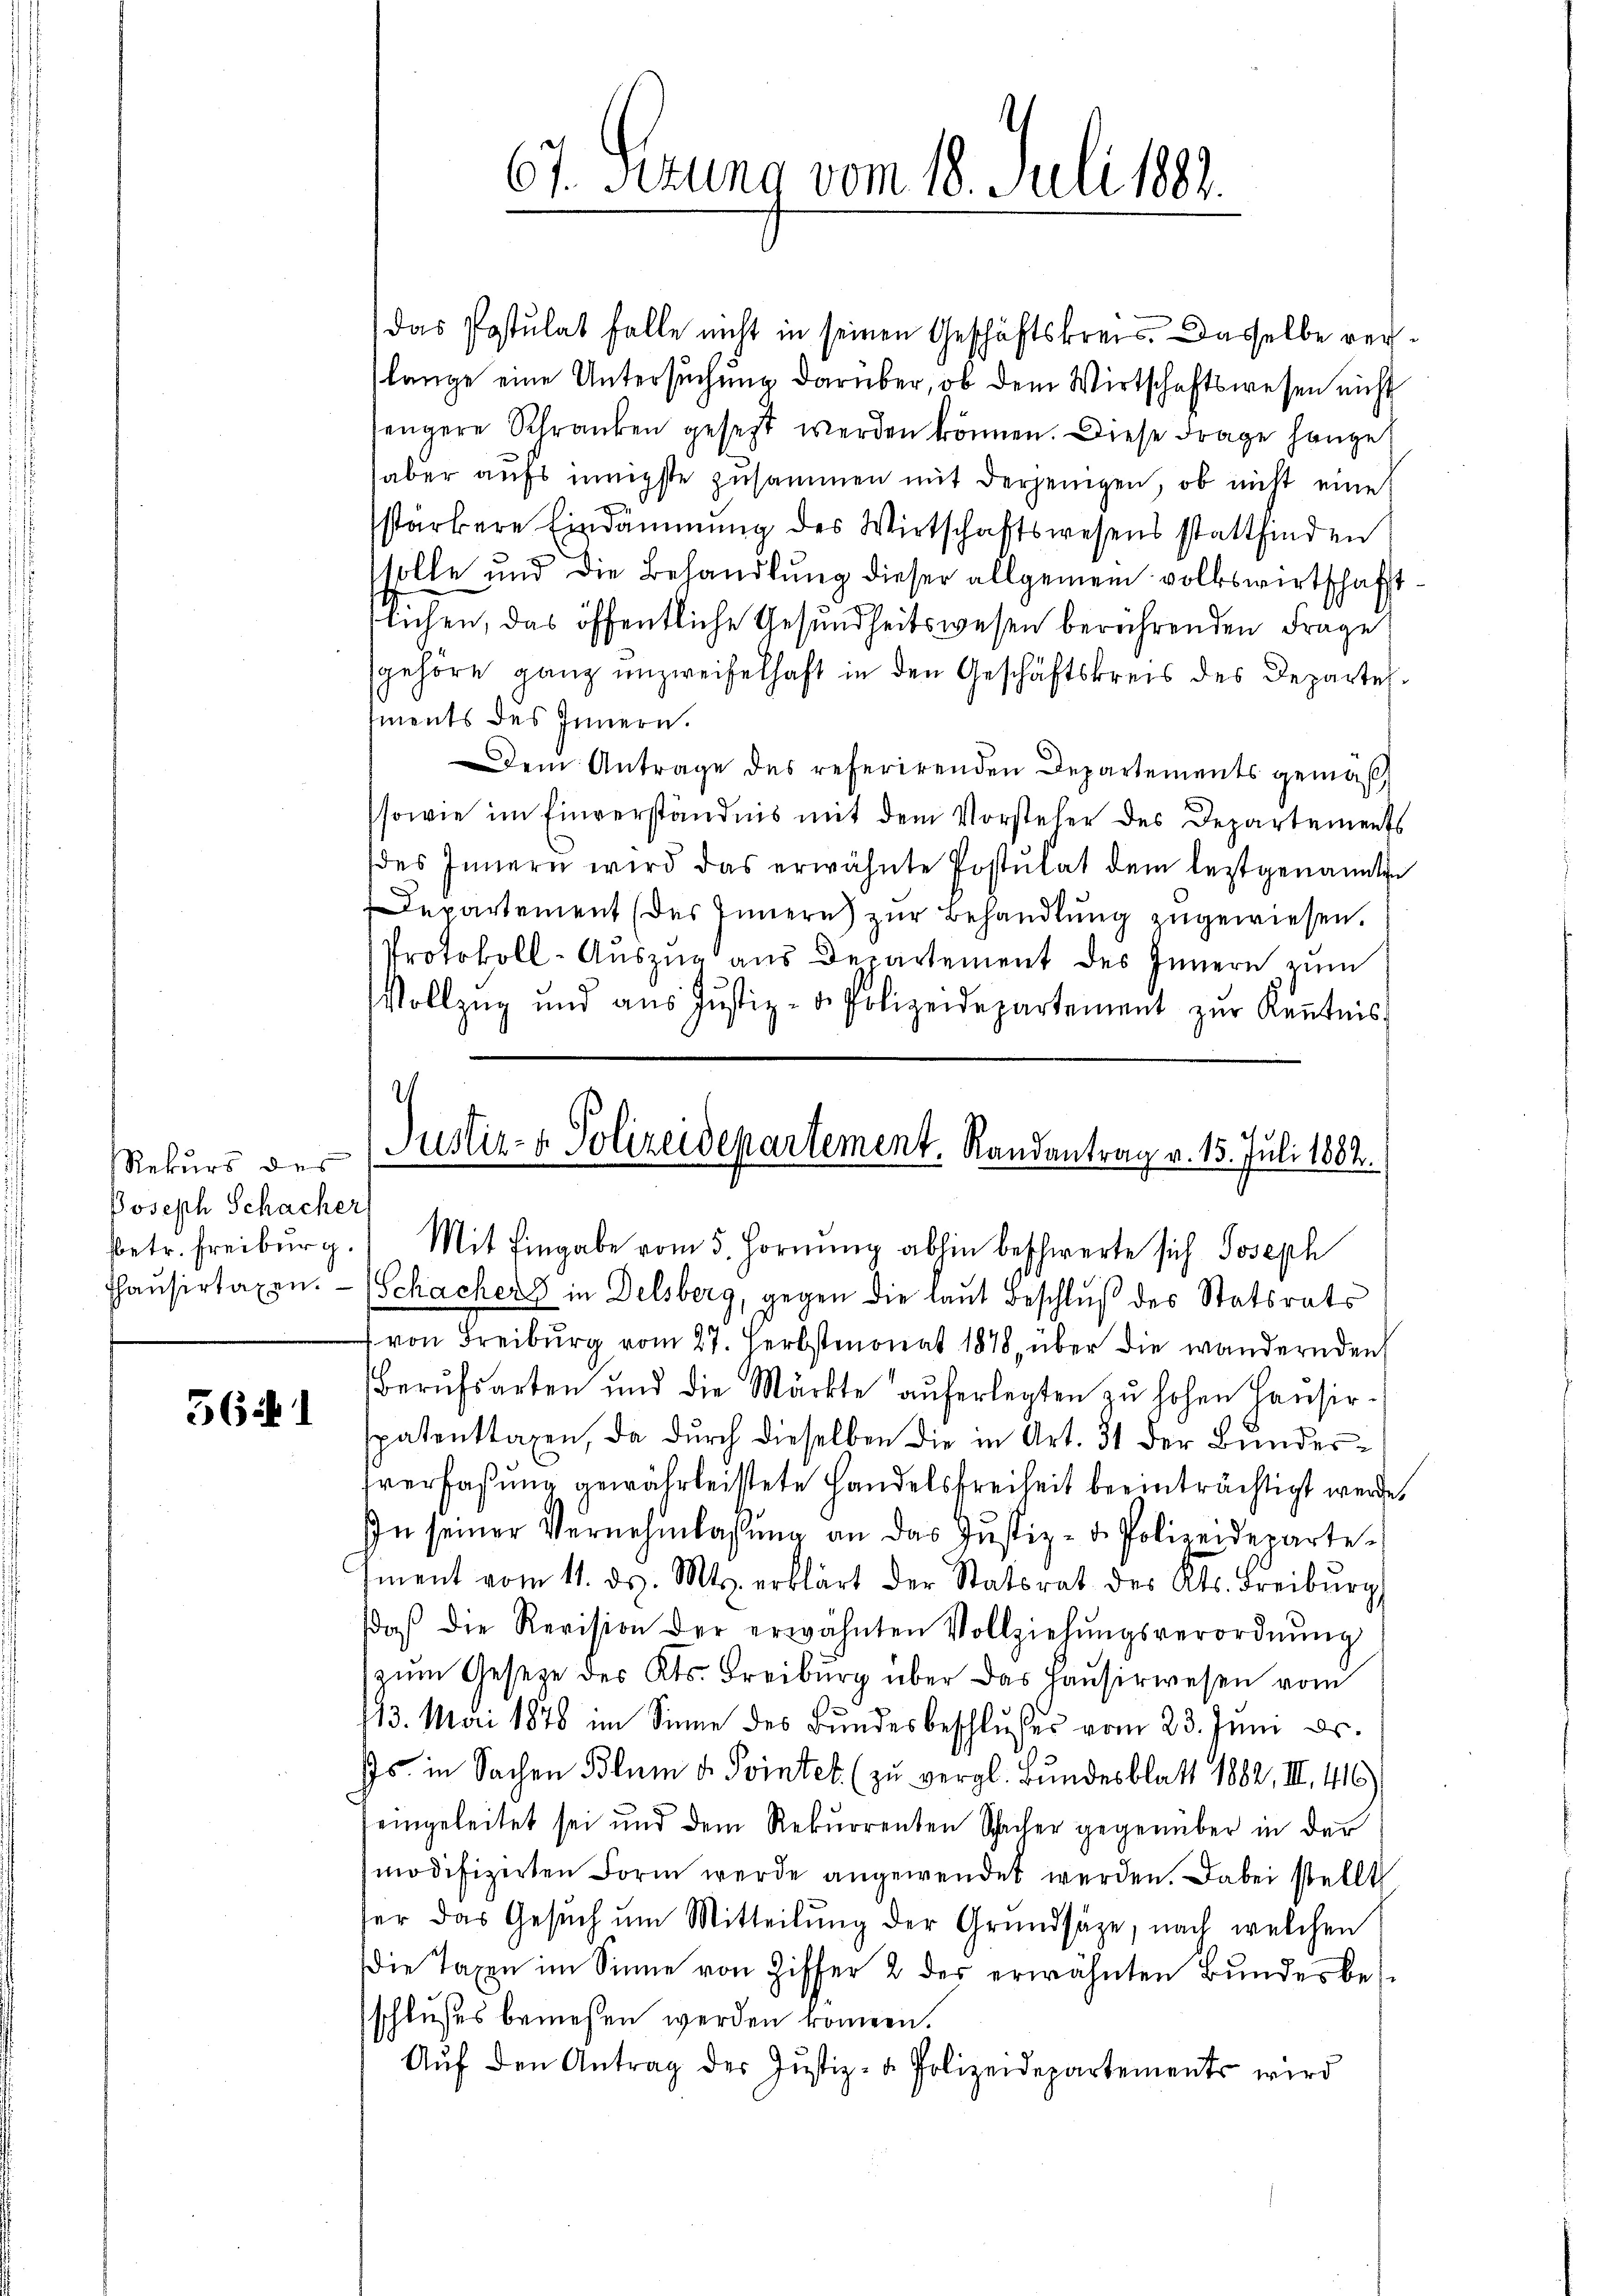
Rekurs des
Joseph Schacher,

561

67. Ferung vom 18. Juli 1883.

das Postulat falle nicht in seinen Geschäftskreis. Dasselbe rechlange eine Untersuchung darüber, ob dem Wirtschaftswesen nicht
engere Schranken gesetzt werden können. Diese Frage hanget
aber aufs innigste zusammen mit derjenigen, ob nicht eine
stärkere Eindämmung des Wirtschaftswesens stattfinden
solle und die Behandlung dieser allgemein volkswirtschaffttlichen, das öffentliche Gesundheitswesen berührenden Frage
gehöre ganz unzweifelhaft in den Geschäftskreis des Departements des Innern.
Dem Antrage des referirenden Departements gemäß
sowie im Einverständnis mit dem Vorsteher des Departements
des Innern wird das erwähnte Postulat dem leztgenannten
Departement (des Innern zŭr Behandlŭng zugewiesen.
Protokoll-Auszug aus Departement des Innern zum
Vollzug und aŭs Jŭstiz- & Polizeidepartement zŭr Keṅtnis

Justiz- & Polizeidepartement. Randantrag v. 15. Juli 1882.
betr. Freiburg. Mit Eingabe vom 5. Fornŭng abhin beschwerte sich Joseph

Thausirtaxen. (Schachers in Delsberg, gegen die laut Beschluß des Statsrats
 von Freiburg vom 27. Herbstmonat 1878, über die wandernden
Berŭfsarten und die Märkte aŭferlegten zŭ hohen Haŭsir-
spatenttaxen, da durch dieselben die in Art. 31 der Bundessverfaßung gewährleistete Handelsfreiheit beeinträchtigt werde,
In seiner Vernehmlassung an das Justiz- u. Polizeideparteiment vom 11. ds. Mts. erklärt der Statsrat des Kts. Freiburg,
daβ die Revision der erwähnten Vollziehŭngsverordnŭng
zŭm Gesetze des Kts. Freiburg über das Haŭsirwesen vom
113. Mai 1878 im Sinne des Bundesbeschlußes vom 23. Juni Dr.
Js. in Sachen Blum v. Pointel (zu vergl. Bundesblatt 1882, II. 416
teingeleitet sei und dem Rekurrenten Sacher gegenüber in der
modifizirten Form werde angewendet werden. Dabei stellt
ter das Gesŭch um Mitteilung der Grundsätze, nach welchen
die Taxen im Sinne von Ziffer 2 der erwähnten Bundesbesschlußes bemessen werden können.
Auf den Antrag der Justiz- & Polizeidepartements wird